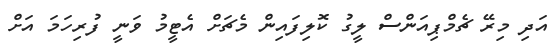
އަދި މިރޭ ޗެމްޕިއަންސް ލީގު ކޮލިފައިން މެޗަށް އެޓީމު ވަނީ ފުރިހަމަ އަށް